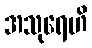
အသုရေဟိ